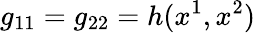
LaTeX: g_{11}=g_{22}=h(x^{1},x^{2})